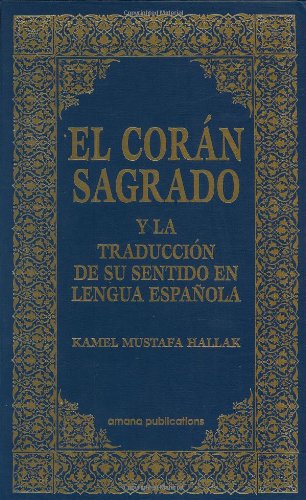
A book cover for El Coran Sagrado y la Traduccion de su sentido en lengua espanola (Spanish Qur'an with Arabic text) (Spanish and Arabic Edition); Kamel Mustafa Hallak; Religion & Spirituality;